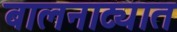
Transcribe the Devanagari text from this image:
बालनाट्यात